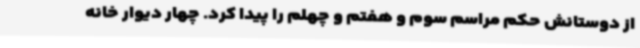
از دوستانش حکم مراسم سوم و هفتم و چهلم را پیدا کرد. چهار دیوار خانه